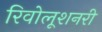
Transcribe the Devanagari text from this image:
रिवोलूशनरी